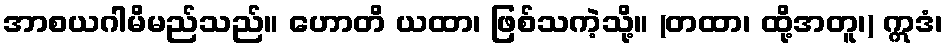
အာစယဂါမိမည်သည်။ ဟောတိ ယထာ၊ ဖြစ်သကဲ့သို့။ (တထာ၊ ထို့အတူ၊) ဣဒံ၊